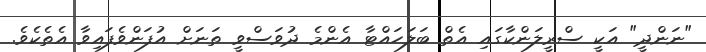
"ނަންދީ" އަކީ ސްރީލަންކާގައި އެތް ބަލަހައްޓާ އެންމެ ދުވަސްވީ ތަނަށް އުފަންވެފައިވާ އެތެކެވެ.